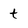
Character: t